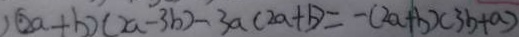
) ( 2 a + b ) ( 2 a - 3 b ) - 3 a ( 2 a + b ) = - ( 2 a + b ) ( 3 b + a )